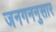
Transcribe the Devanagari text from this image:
जनगननुसार